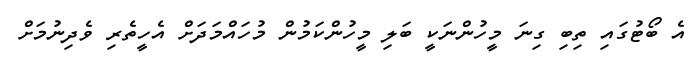
އެ ބޯޓުގައި ތިބި ގިނަ މީހުންނަކީ ބަލި މީހުންކަމުން މުހައްމަދަށް އެހީތެރި ވެދިނުމަށް